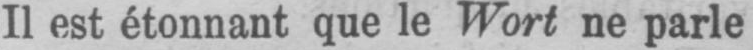
Il est étonnant que le Wort ne parle